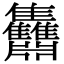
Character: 䨊